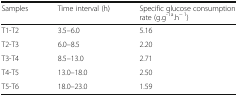
| Samples | Time interval (h) | Specific glucose consumption rate (g.g-1a.h− 1) |
 | --- | --- | --- |
 | T1-T2 | 3.5–6.0 | 5.16 |
 | T2-T3 | 6.0–8.5 | 2.20 |
 | T3-T4 | 8.5–13.0 | 2.71 |
 | T4-T5 | 13.0–18.0 | 2.50 |
 | T5-T6 | 18.0–23.0 | 1.59 |